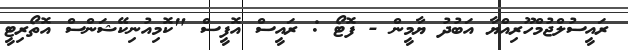
ރައީސުލްޖުމްހޫރިއްޔާ އަބުދު ޔާމީން - ފޮޓޯ : ރައީސް އޮފީސް "ކޮމިއުނިކޭޝަންސް އޮތޯރިޓީ